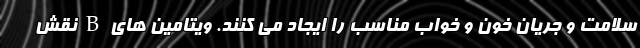
سلامت و جریان خون و خواب مناسب را ایجاد می کنند. ویتامین های B نقش